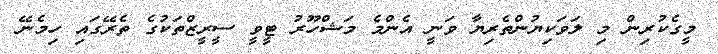
މީގެކުރިން މި ލަވަކިޔުންތެރިޔާ ވަނީ އެންމެ މަޝްހޫރު ޓީވީ ސީރީޒްތަކުގެ ތެރޭގައި ހިމެނޭ